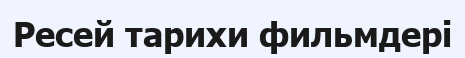
Ресей тарихи фильмдері